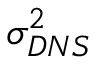
\sigma _ { D N S } ^ { 2 }